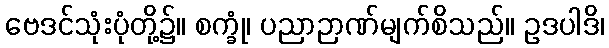
ဗေဒင်သုံးပုံတို့၌။ စက္ခုံ၊ ပညာဉာဏ်မျက်စိသည်။ ဥဒပါဒိ၊